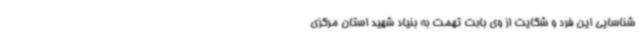
شناسایی این فرد و شکایت از وی بابت تهمت به بنیاد شهید استان مرکزی